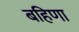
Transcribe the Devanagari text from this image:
बहिणा